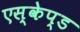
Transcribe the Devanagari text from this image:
एस्केप्ड